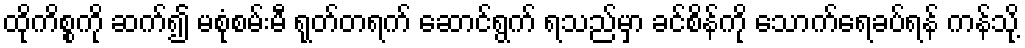
ထိုကိစ္စကို ဆက်၍ မစုံစမ်းမီ ရုတ်တရက် ဆောင်ရွက် ရသည်မှာ ခင်စိန်ကို သောက်ရေခပ်ရန် ကန်သို့